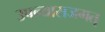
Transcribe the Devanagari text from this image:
उपन्यासजगत्